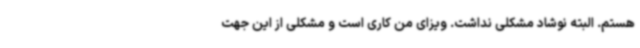
هستم. البته نوشاد مشکلی نداشت. ویزای من کاری است و مشکلی از این جهت